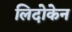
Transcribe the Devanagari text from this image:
लिदोकेन